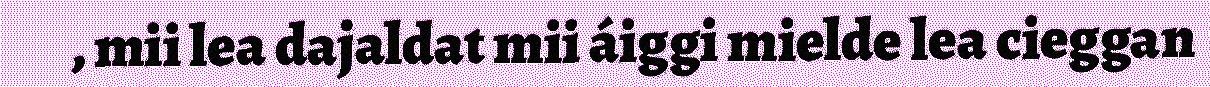
, mii lea dajaldat mii áiggi mielde lea cieggan